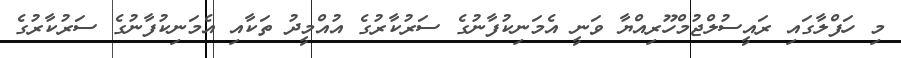
މި ހަފްލާގައި ރައީސުލްޖުމްހޫރިއްޔާ ވަނީ އެމަނިކުފާނުގެ ސަރުކާރުގެ އުއްމީދު ތަކާއި އެމަނިކުފާނުގެ ސަރުކާރުގެ